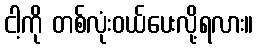
ငါ့ကို တစ်လုံးဝယ်ပေးလို့ရလား။